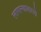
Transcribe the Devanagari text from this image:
लागल्यासारखे